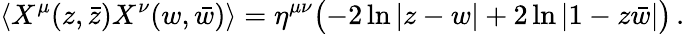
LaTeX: \langle X^{\mu}(z,\bar{z})X^{\nu}(w,\bar{w})\rangle=\eta^{\mu\nu}\bigl(-2\ln|z-w|+2\ln|1-z\bar{w}|\bigr)\, .